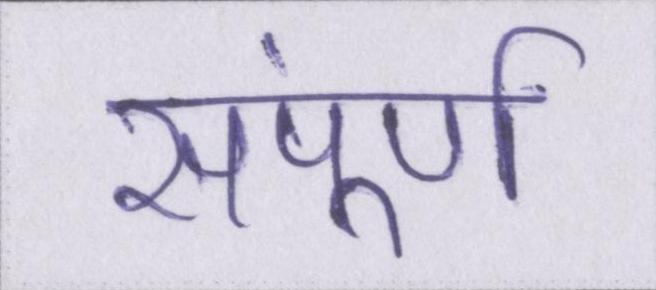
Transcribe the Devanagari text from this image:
संपूर्ण